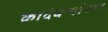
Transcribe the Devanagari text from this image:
कादंबऱ्यांच्या